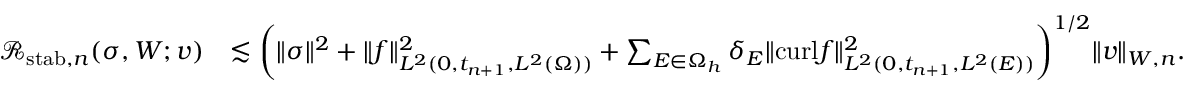
\begin{array} { r l } { { \mathcal { R } } _ { \mathrm { s t a b } , n } ( \boldsymbol { \sigma } , \boldsymbol { W } ; \boldsymbol { v } ) } & { \lesssim \biggl ( \| \boldsymbol { \sigma } \| ^ { 2 } + \| \boldsymbol { f } \| _ { L ^ { 2 } ( 0 , t _ { n + 1 } , L ^ { 2 } ( \Omega ) ) } ^ { 2 } + \sum _ { E \in \Omega _ { h } } \delta _ { E } \| { \mathrm { c u r l } } \boldsymbol { f } \| _ { L ^ { 2 } ( 0 , t _ { n + 1 } , L ^ { 2 } ( E ) ) } ^ { 2 } \biggr ) ^ { 1 / 2 } \| \boldsymbol { v } \| _ { \boldsymbol { W } , n } . } \end{array}